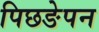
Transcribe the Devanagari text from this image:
पिछङेपन